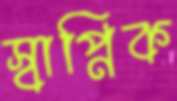
স্বাপ্নিক